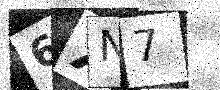
Text: 6XN7